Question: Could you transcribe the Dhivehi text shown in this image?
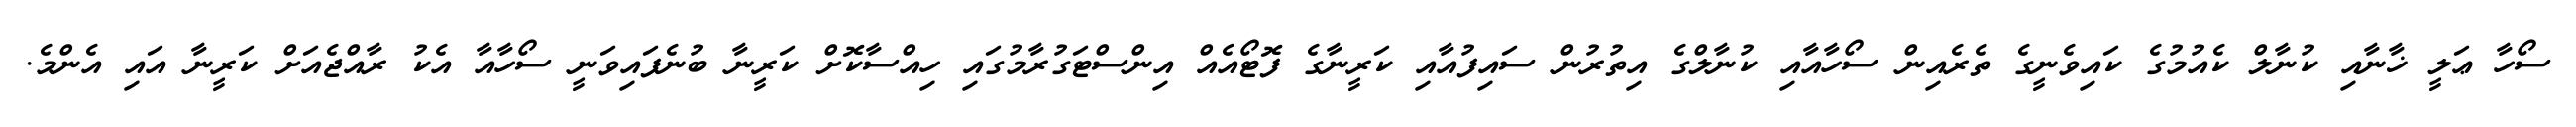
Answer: ސޯހާ ޢަލީ ޚާނާއި ކުނާލް ކެއުމުގެ ކައިވެނީގެ ތެރެއިން ސޯހާއާއި ކުނާލްގެ އިތުރުން ސައިފުއާއި ކަރީނާގެ ފޮޓޯއެއް އިންސްޓަގުރާމުގައި ހިއްސާކޮށް ކަރީނާ ބުނެފައިވަނީ ސޯހާއާ އެކު ރާއްޖެއަށް ކަރީނާ އައި އެންމެ.